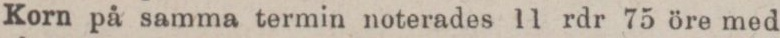
Korn på samma termin noterades 11 rdr 75 öre med